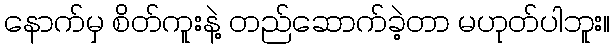
နောက်မှ စိတ်ကူးနဲ့ တည်ဆောက်ခဲ့တာ မဟုတ်ပါဘူး။